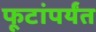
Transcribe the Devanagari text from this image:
फूटांपर्यंत